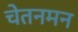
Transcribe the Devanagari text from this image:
चेतनमन